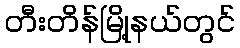
တီးတိန်မြို့နယ်တွင်